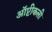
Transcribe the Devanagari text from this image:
ऑप्टीकली